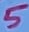
Text: 5